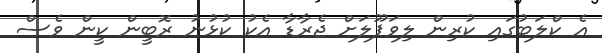
އެ ކްލަބުގައި ކުރިން ލިވަޕޫލަށް ޖެރާޑާ އެކު ކުޅުނު ރޮބީން ކީން ވެސް